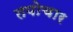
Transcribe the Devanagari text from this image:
तपोचार